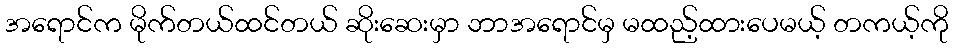
အရောင်က မိုက်တယ်ထင်တယ် ဆိုးဆေးမှာ ဘာအရောင်မှ မထည့်ထားပေမယ့် တကယ့်ကို